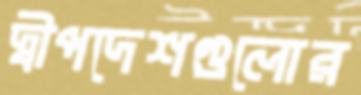
দ্বীপদেশগুলোর